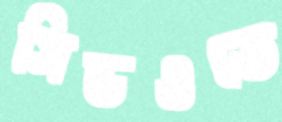
সিডওতে